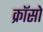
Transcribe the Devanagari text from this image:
क्रॉसो